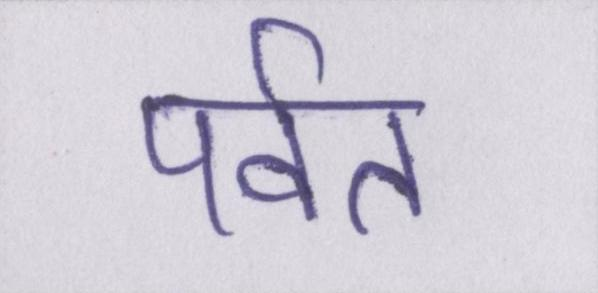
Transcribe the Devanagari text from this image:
पर्वत